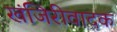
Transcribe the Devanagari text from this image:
खंजिरीवादक